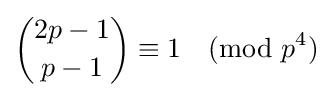
{2p-1 \choose p-1}\equiv 1{\pmod {p^{4}}}